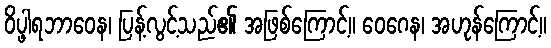
ဝိပ္ဖါရဘာဝေန၊ ပြန့်လွင့်သည်၏ အဖြစ်ကြောင့်။ ဝေဂေန၊ အဟုန်ကြောင့်။